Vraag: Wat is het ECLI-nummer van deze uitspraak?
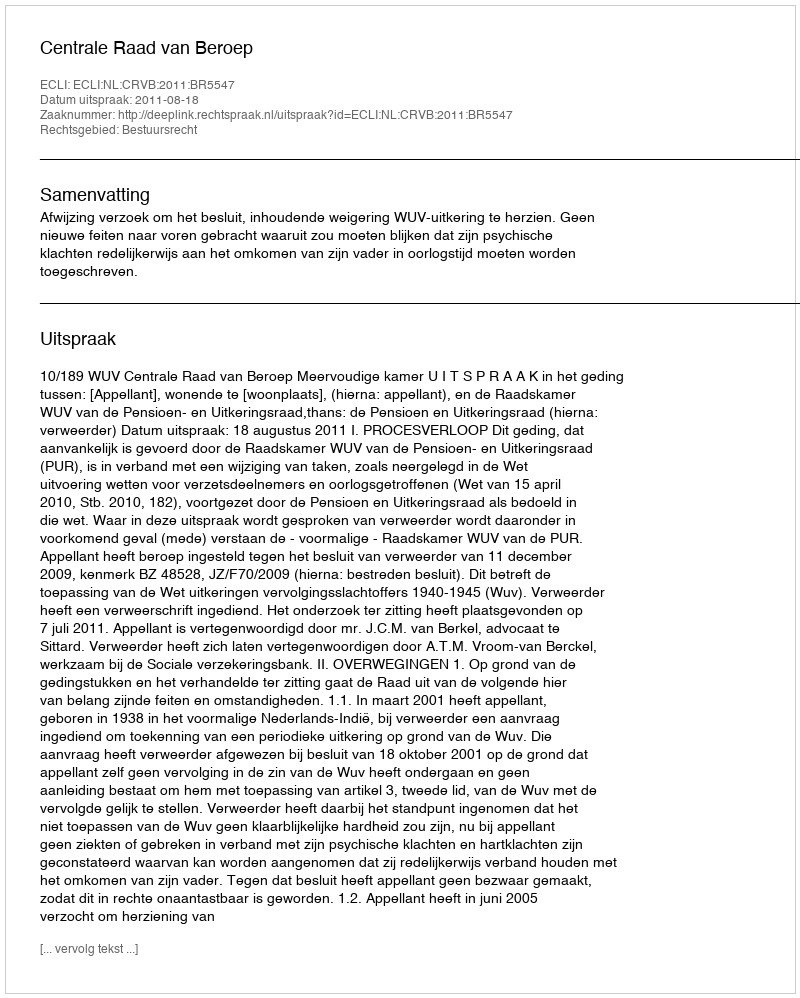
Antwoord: ECLI:NL:CRVB:2011:BR5547